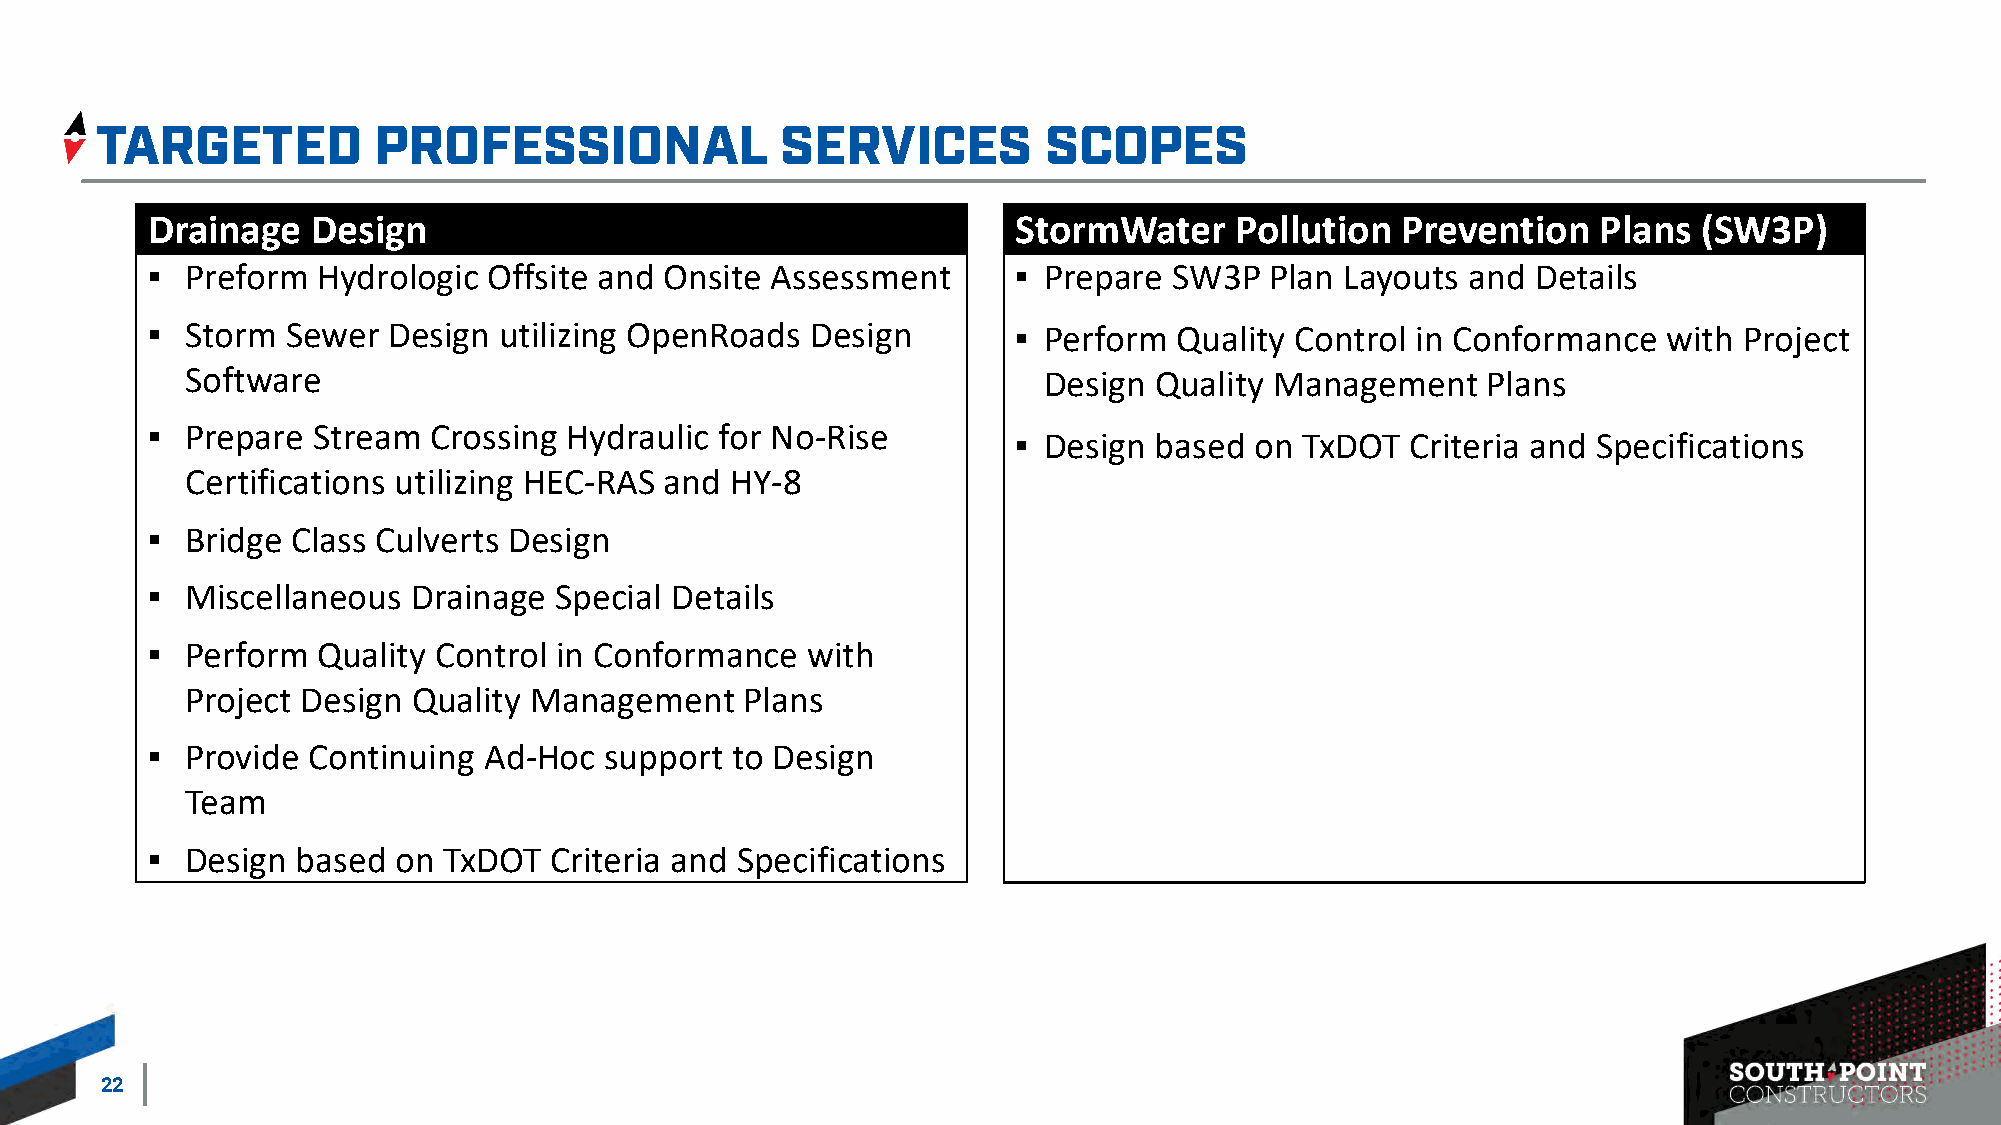
Drainage   Design                                        StormWater     Pollution  Prevention   Plans  (SW3P)
 ▪ Preform  Hydrologic Offsite and Onsite Assessment      ▪ Prepare  SW3P  Plan Layouts and  Details
 ▪ Storm  Sewer  Design utilizing OpenRoads  Design       ▪ Perform  Quality Control in Conformance  with Project
 Software                                                 Design Quality Management    Plans
 ▪ Prepare  Stream  Crossing Hydraulic for No-Rise        ▪ Design based  on TxDOT  Criteria and Specifications
 Certifications utilizing HEC-RAS and HY-8
 ▪ Bridge Class Culverts Design
 ▪ Miscellaneous  Drainage  Special Details
 ▪ Perform  Quality Control in Conformance  with
 Project Design Quality Management    Plans
 ▪ Provide Continuing  Ad-Hoc  support to Design
 Team
 ▪ Design  based on TxDOT  Criteria and Specifications
 22